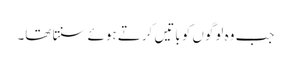
جب وہ لوگوں کو باتیں کرتے ہوئے سنتا تھا۔